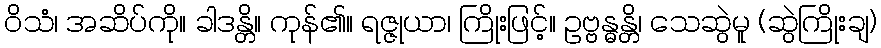
ဝိသံ၊ အဆိပ်ကို။ ခါဒန္တိ။ ကုန်၏။ ရဇ္ဇုယာ၊ ကြိုးဖြင့်။ ဥဗ္ဗန္ဓန္တိ၊ သေဆွဲမူ (ဆွဲကြိုးချ)